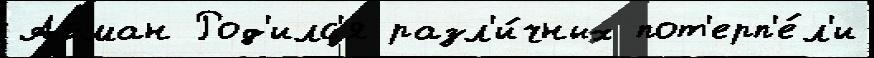
Айман Род'илс'я разл'и́чных пот'ерп'е́л'и